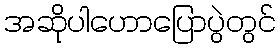
အဆိုပါဟောပြောပွဲတွင်